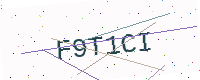
Text: F9T1CI